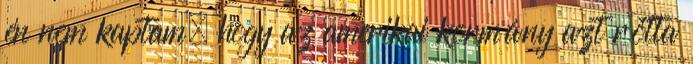
én nem kaptam, hogy az amerikai kormány azt rótta